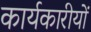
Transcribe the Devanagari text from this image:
कार्यकारीयों